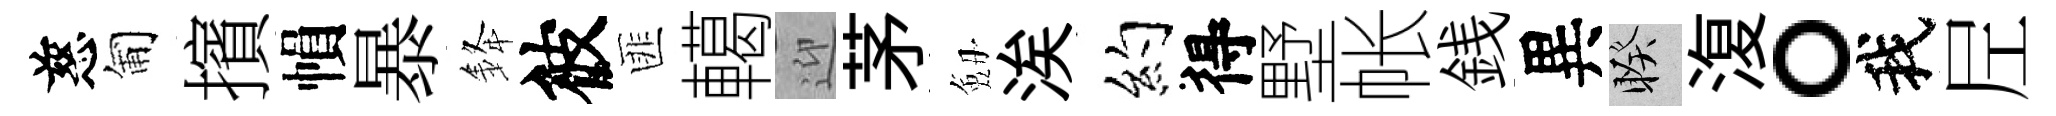
慈匍擯𢄙暴𨦟彼匪轕迎茅劔涘约得墅帐銭異睽𣸪。我𡰱